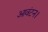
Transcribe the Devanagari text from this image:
आवंटन।